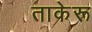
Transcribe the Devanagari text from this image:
ताकेरू